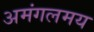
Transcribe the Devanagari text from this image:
अमंगलमय